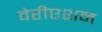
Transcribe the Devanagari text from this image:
वेरीएशन